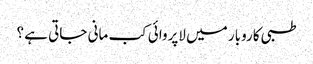
طبی کاروبار میں لاپروائی کب مانی جاتی ہے ؟